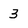
Character: 3